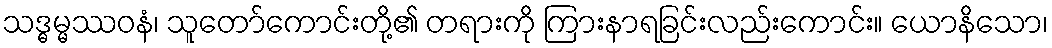
သဒ္ဓမ္မဿဝနံ၊ သူတော်ကောင်းတို့၏ တရားကို ကြားနာရခြင်းလည်းကောင်း။ ယောနိသော၊